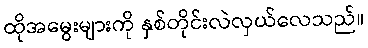
ထိုအမွေးများကို နှစ်တိုင်းလဲလှယ်လေသည်။